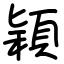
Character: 穎